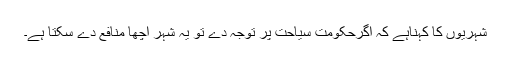
شہریوں کا کہناہے کہ اگرحکومت سیاحت پر توجہ دے تو یہ شہر اچھا منافع دے سکتا ہے۔